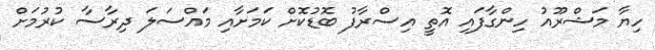
ހިޔާ މަޝްރޫއު ހިންގާފައި އޮތީ އިސްރާފު ބޮޑުކޮށް ކަމަށާއި މައްސަލަ ދިރާސާ ކުރުމަށް